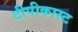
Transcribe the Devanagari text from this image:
टीपीकास्ट